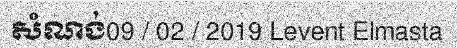
សំណង់09 / 02 / 2019 Levent Elmasta